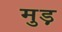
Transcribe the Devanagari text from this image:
मुड़़